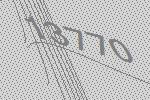
13770